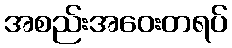
အစည်းအဝေးတရပ်